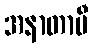
အနာတာပီ